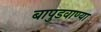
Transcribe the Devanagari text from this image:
बापुडवाण्या